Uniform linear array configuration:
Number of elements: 12
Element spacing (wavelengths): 0.5
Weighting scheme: uniform
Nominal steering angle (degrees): -45
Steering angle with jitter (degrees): -44.803
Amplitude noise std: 0.05
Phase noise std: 0.05

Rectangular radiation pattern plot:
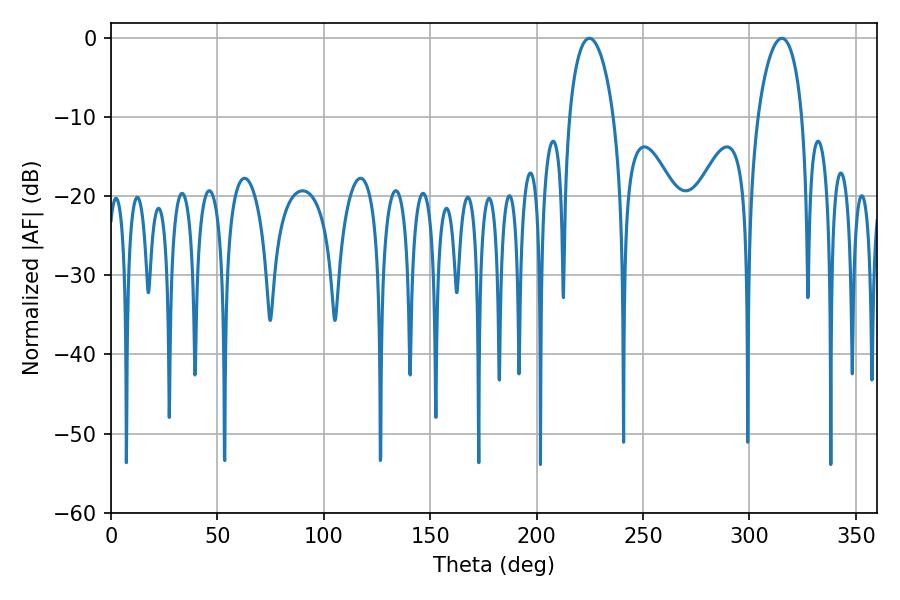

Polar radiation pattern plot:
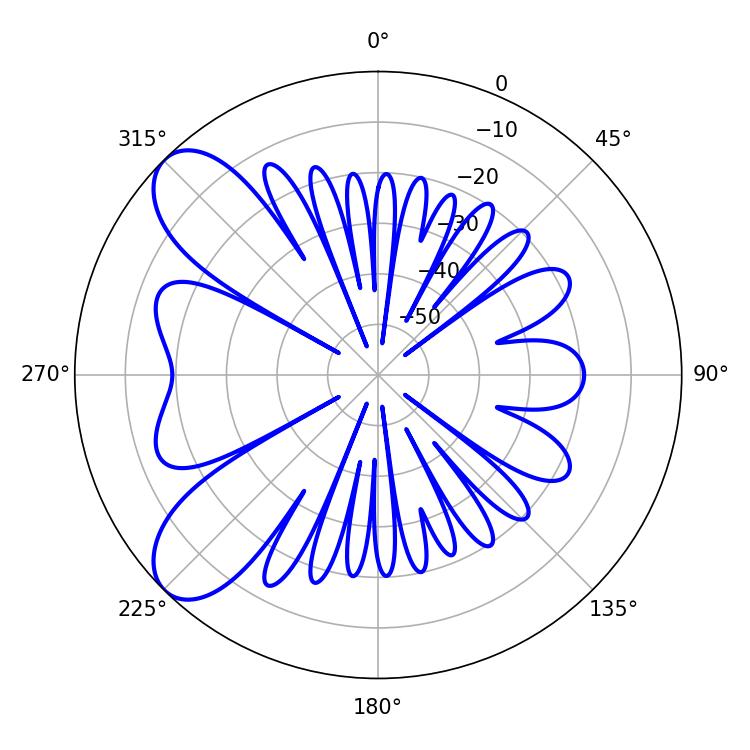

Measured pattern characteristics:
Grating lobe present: FALSE
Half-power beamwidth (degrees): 11.88
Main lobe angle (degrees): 224.82